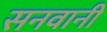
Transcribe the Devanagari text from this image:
सनवानी